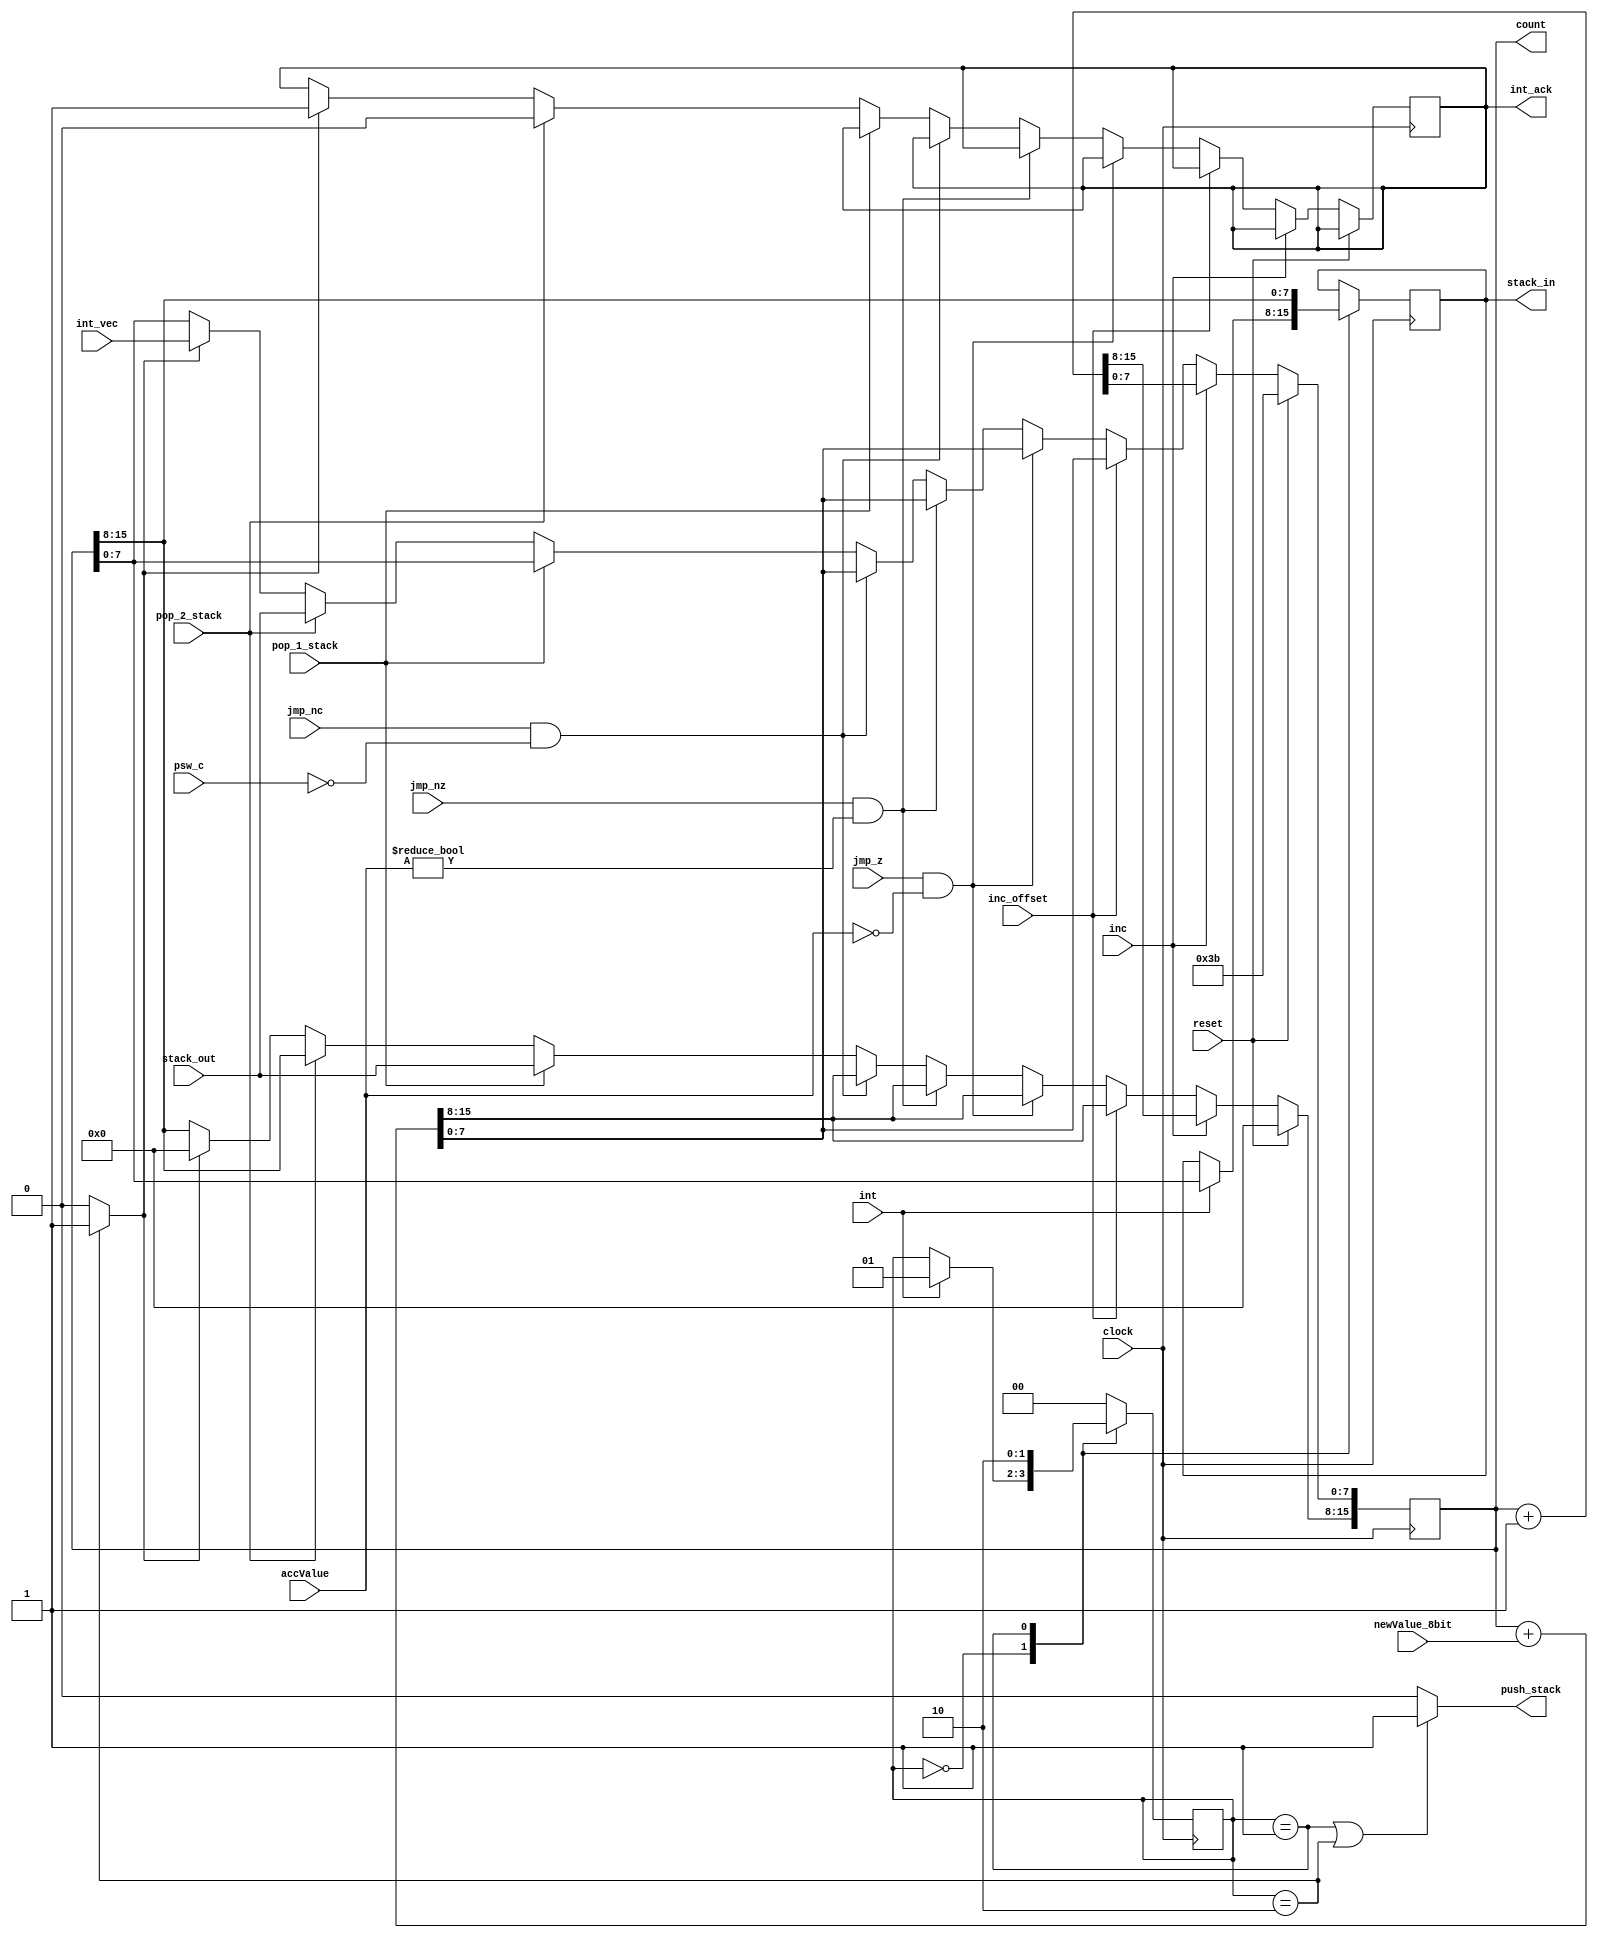
`timescale 1ns / 1ps

module program_counter(

input clock, 
input reset, 
input inc,
input inc_offset,
input jmp_z, 
input jmp_nz,
input jmp_nc,
input psw_c,
input [7:0] newValue_8bit,
input int,
input [7:0] int_vec,    
input pop_1_stack,
input pop_2_stack,
input [7:0] accValue,
input [7:0] stack_out,

output reg int_ack,
output reg[7:0] stack_in,

output push_stack, 
output reg[15:0] count

);

reg [1:0]state;
wire set_vec;

parameter s_idle  =  2'b00, //if an extra cycle is required to execute the instruction
          s_push1 =  2'b01,
          s_push2 =  2'b10;

initial begin
    count <= 15'h003B;  //reset value of counter
    state <= s_idle;
    int_ack <= 1'b0;
    stack_in <= 8'hzz;
end

always @ (posedge clock)
begin
    if(reset)
        count <= 15'h003B;  //reset value of counter
    else if (inc)
        count <= count + 1;
    else if (inc_offset)
        count <= count + newValue_8bit;
    else if(jmp_z & accValue == 8'b0) begin
        count <= count + newValue_8bit;
    end
    else if(jmp_nz & accValue != 8'b0) begin
        count <= count + newValue_8bit;
    end
    else if(jmp_nc & (~psw_c)) begin
        count <= count + newValue_8bit;
    end
    else if(pop_1_stack) begin
        count[15:8] <= stack_out;
    end
    else if(pop_2_stack) begin
        count[7:0] <= stack_out; 
        int_ack <= 1'b0; 
    end
    else if(set_vec==1'b1) begin
        count <= {8'h00 , int_vec}; 
        int_ack <= 1'b1;
    end
end

always @ (posedge clock)
begin : FSM
	begin
		case(state)
			s_idle :
			 begin
                if(int == 1'b1) begin
                    state <= s_push1;
                    stack_in <= count[7:0]; //first push to stack
			    end
			 end 
			s_push1: 
                begin
			    stack_in <= count[15:8];  //second push
                state <= s_push2;    
                end
            s_push2:
                begin
                  state <= s_idle;  
		        end 	        
		    default: 
		        state <= s_idle;   
        endcase
    end
end

assign push_stack = (state == s_push1 || state == s_push2) ? 1'b1 : 1'b0;
assign set_vec = (state == s_push2) ? 1'b1 : 1'b0;

endmodule